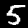
Digit: 5